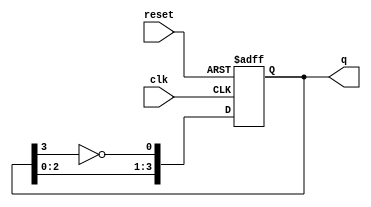
module johnson_counter #(
    parameter N = 4  // Number of flip-flops
)(
    input wire clk,    // Clock signal
    input wire reset,  // Asynchronous reset signal
    output reg [N-1:0] q  // Output state of the counter
);

// Internal signal for feedback
wire feedback;

assign feedback = ~q[N-1]; // Inverted output of the last flip-flop

// Sequential logic for the Johnson counter
always @(posedge clk or posedge reset) begin
    if (reset) begin
        q <= 0; // Reset all flip-flops to 0
    end else begin
        // Shift the states based on the feedback
        q <= {q[N-2:0], feedback}; // Shift left and add feedback to the LSB
    end
end

endmodule